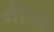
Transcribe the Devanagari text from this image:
गील्त